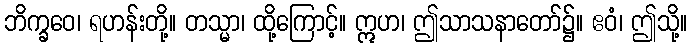
ဘိက္ခဝေ၊ ရဟန်းတို့။ တသ္မာ၊ ထို့ကြောင့်။ ဣဟ၊ ဤသာသနာတော်၌။ ဧဝံ၊ ဤသို့။